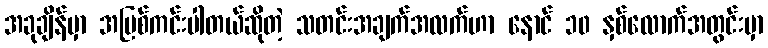
အခုချိန်မှာ အပြစ်ကင်းပါတယ်ဆိုတဲ့ သတင်းအချက်အလက်ဟာ နောင် ၁၀ နှစ်လောက်အတွင်းမှာ